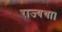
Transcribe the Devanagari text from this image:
राज्यथा।